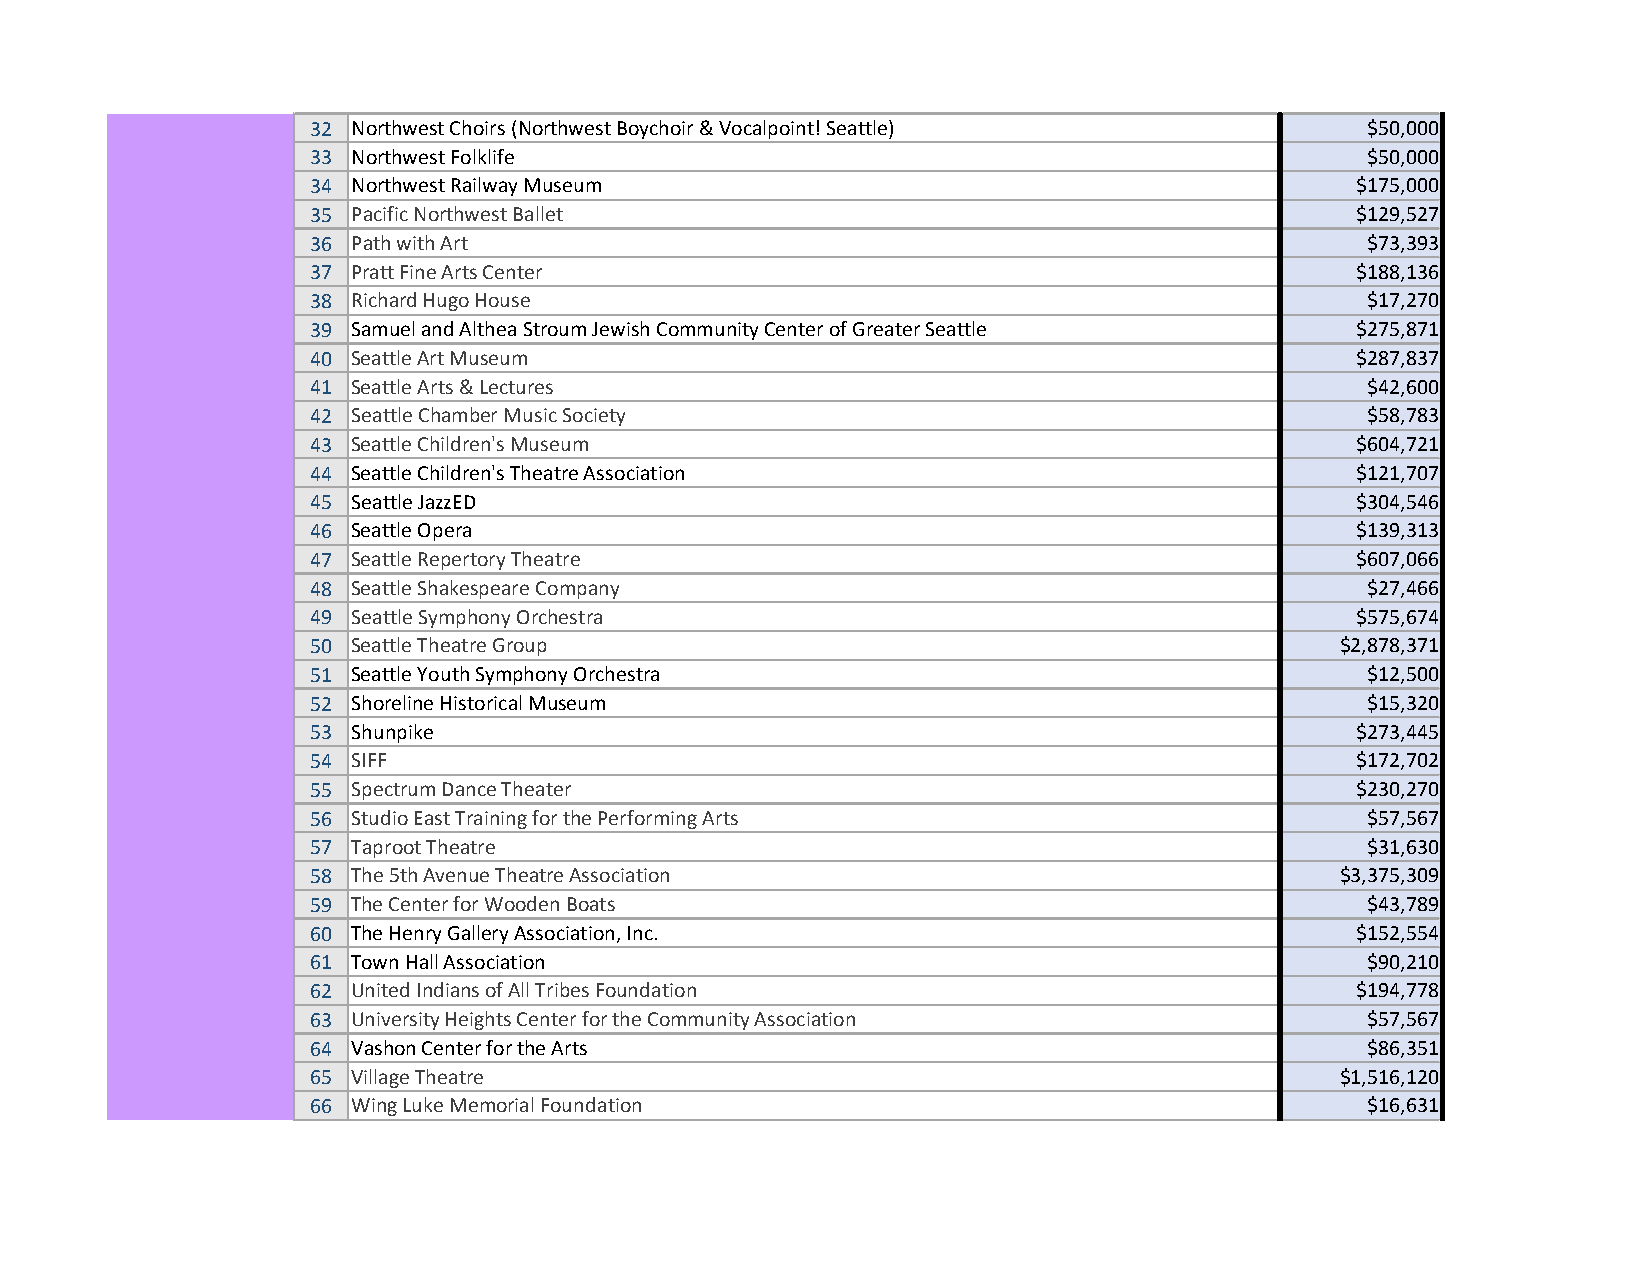
32 Northwest Choirs (Northwest Boychoir & Vocalpoint! Seattle)       $50,000
 33 Northwest Folklife                                                $50,000
 34 Northwest Railway Museum                                          $175,000
 35 Pacific Northwest Ballet                                          $129,527
 36 Path with Art                                                     $73,393
 37 Pratt Fine Arts Center                                            $188,136
 38 Richard Hugo House                                                $17,270
 39 Samuel and Althea Stroum Jewish Community Center of Greater Seattle $275,871
 40 Seattle Art Museum                                                $287,837
 41 Seattle Arts & Lectures                                           $42,600
 42 Seattle Chamber Music Society                                     $58,783
 43 Seattle Children's Museum                                         $604,721
 44 Seattle Children's Theatre Association                            $121,707
 45 Seattle JazzED                                                    $304,546
 46 Seattle Opera                                                     $139,313
 47 Seattle Repertory Theatre                                         $607,066
 48 Seattle Shakespeare Company                                       $27,466
 49 Seattle Symphony Orchestra                                        $575,674
 50 Seattle Theatre Group                                            $2,878,371
 51 Seattle Youth Symphony Orchestra                                  $12,500
 52 Shoreline Historical Museum                                       $15,320
 53 Shunpike                                                          $273,445
 54 SIFF                                                              $172,702
 55 Spectrum Dance Theater                                            $230,270
 56 Studio East Training for the Performing Arts                      $57,567
 57 Taproot Theatre                                                   $31,630
 58 The 5th Avenue Theatre Association                               $3,375,309
 59 The Center for Wooden Boats                                       $43,789
 60 The Henry Gallery Association, Inc.                               $152,554
 61 Town Hall Association                                             $90,210
 62 United Indians of All Tribes Foundation                           $194,778
 63 University Heights Center for the Community Association           $57,567
 64 Vashon Center for the Arts                                        $86,351
 65 Village Theatre                                                  $1,516,120
 66 Wing Luke Memorial Foundation                                     $16,631